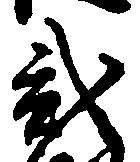
弐